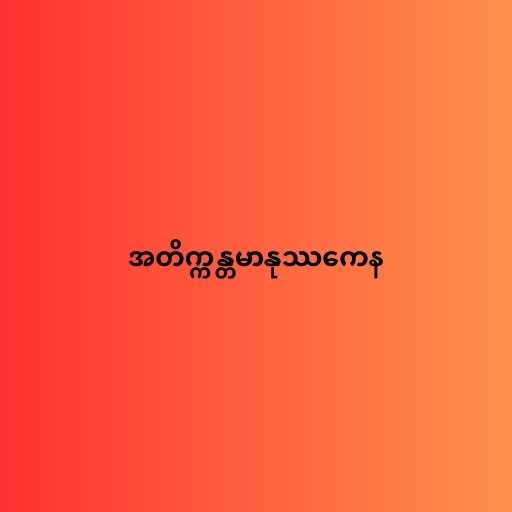
အတိက္ကန္တမာနုဿကေန